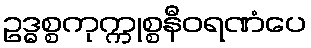
ဥဒ္ဓစ္စကုက္ကုစ္စနီဝရဏံပေ